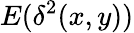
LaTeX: E(\delta^{2}(x,y))